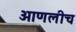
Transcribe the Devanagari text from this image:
आणलीच